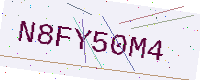
Text: N8FY50M4